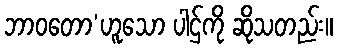
ဘာဝတော’ဟူသော ပါဌ်ကို ဆိုသတည်း။